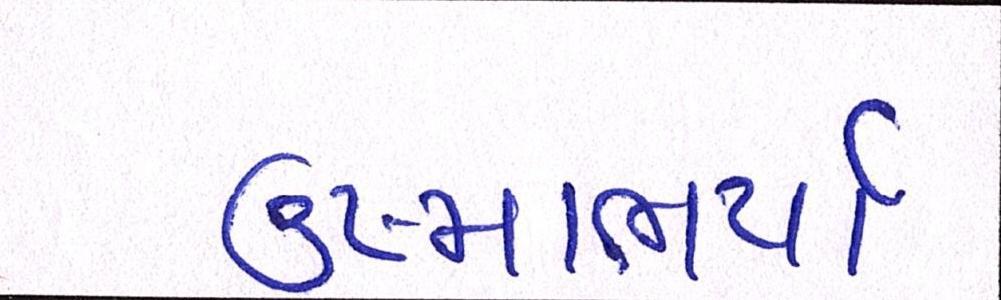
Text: ઉષ્માભર્યાં